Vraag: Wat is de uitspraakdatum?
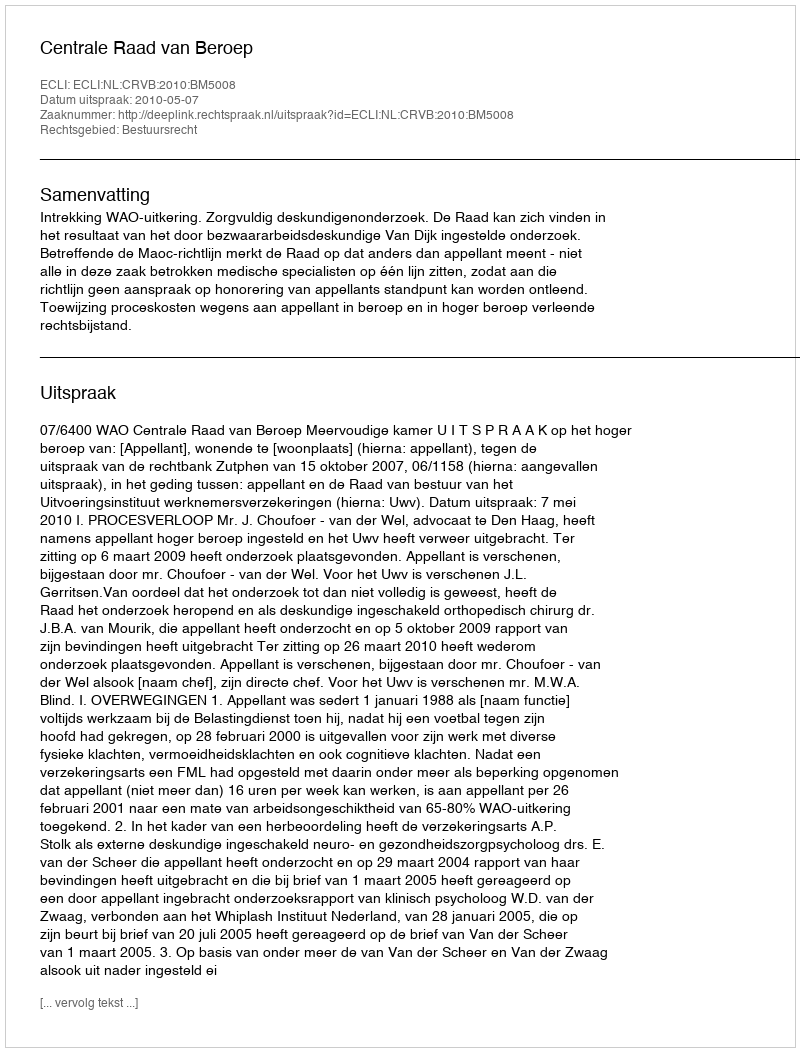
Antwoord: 2010-05-07